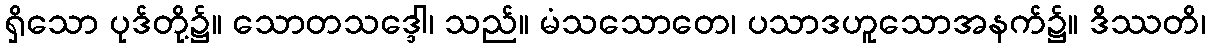
ရှိသော ပုဒ်တို့၌။ သောတသဒ္ဒေါ၊ သည်။ မံသသောတေ၊ ပသာဒဟူသောအနက်၌။ ဒိဿတိ၊